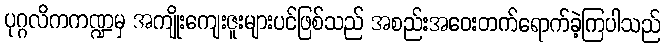
ပုဂ္ဂလိကကဏ္ဍမှ အကျိုးကျေးဇူးများပင်ဖြစ်သည် အစည်းအဝေးတက်ရောက်ခဲ့ကြပါသည်